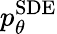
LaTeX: p_{\theta}^{\mathrm{SDE}}